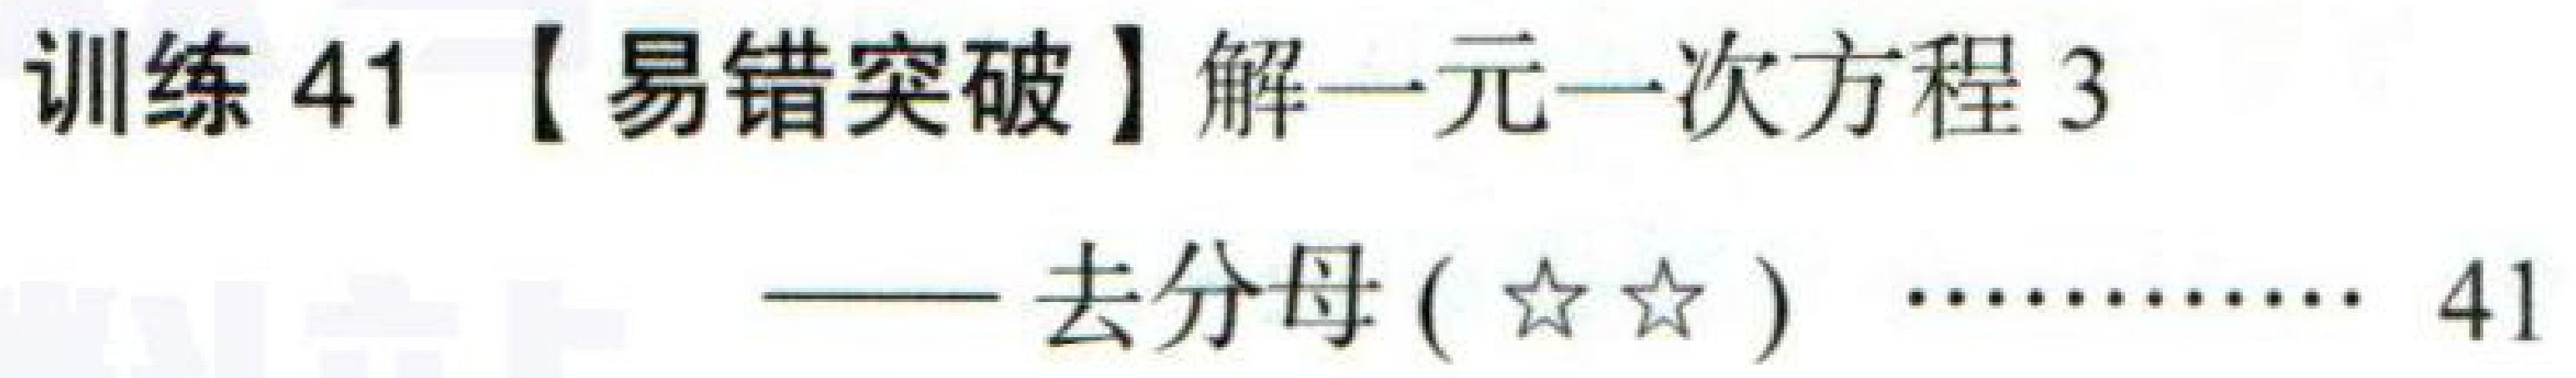
训练 41【易错突破】解一元一次方程 3

—— 去分母(★★) ………… 41